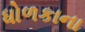
ધોળકાના